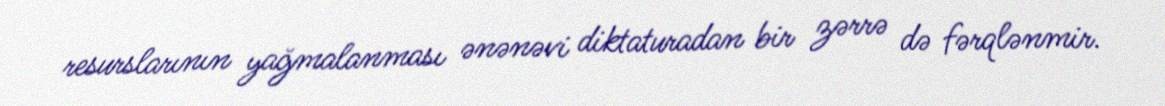
resurslarının yağmalanması ənənəvi diktaturadan bir zərrə də fərqlənmir.